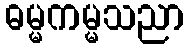
ဓမ္မကမ္မသညာ